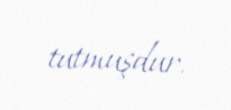
tutmuşdur.